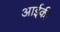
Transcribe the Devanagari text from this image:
आईकी